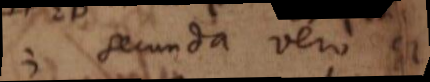
; secunda vero et